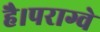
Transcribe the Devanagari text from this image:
है।पराग्वे